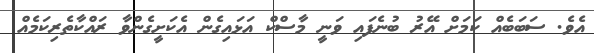
އެވެ. ސަބަބެއް ކަމަށް އޭރު ބުނެފައި ވަނީ މާސްކް އަޅައިގެން އެކަށީގެންވާ ރައްކާތެރިކަމެއް